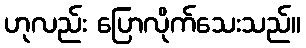
ဟုလည်း ပြောလိုက်သေးသည်။